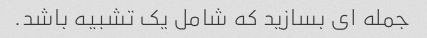
جمله ای بسازید که شامل یک تشبیه باشد.